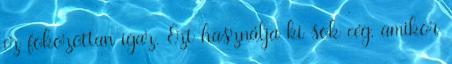
ez fokozottan igaz. Ezt használja ki sok cég, amikor